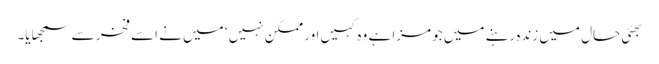
بھئی حال میں زندہ رہنے میں جو مزا ہے وہ کہیں اور ممکن نہیں ‘ میں نے اسے فخر سے سمجھایا۔